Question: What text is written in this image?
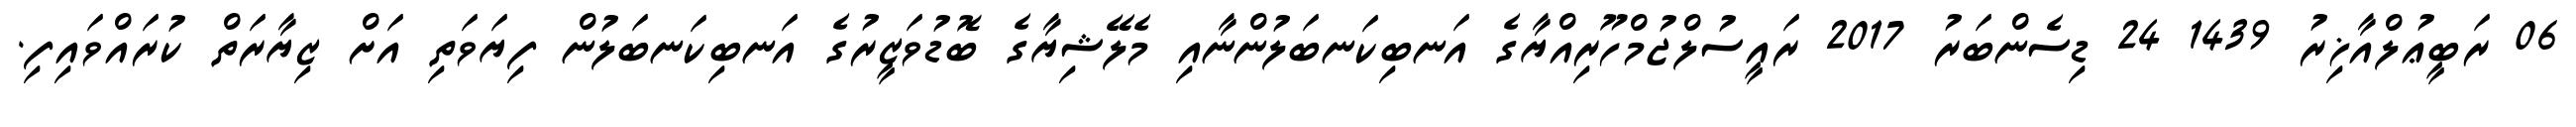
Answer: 06 ރަބީޢުލްއާޚިރު 1439 24 ޑިސެންބަރު 2017 ރައީސުލްޖުމްހޫރިއްޔާގެ އަނބިކަނބަލުންނާއި މެލޭޝިޔާގެ ބޮޑުވަޒީރުގެ އަނބިކަނބަލުން ފިޔަވަތި އަށް ޒިޔާރަތް ކުރައްވައިފި.